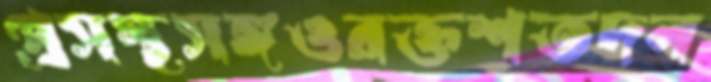
প্রসস্থসঙ্গওরক্তশতদল